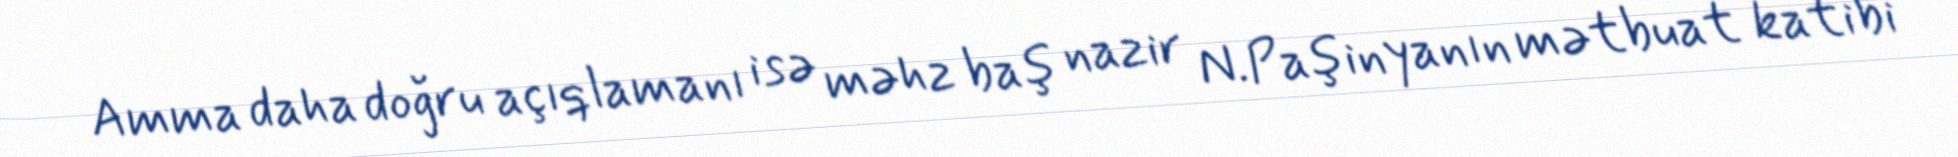
Amma daha doğru açıqlamanı isə məhz baş nazir N.Paşinyanın mətbuat katibi